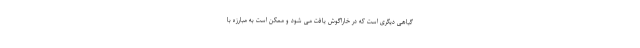
گیاهی دیگری است که در خاراگوش یافت می شود و ممکن است به مبارزه با